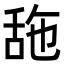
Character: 𦧓